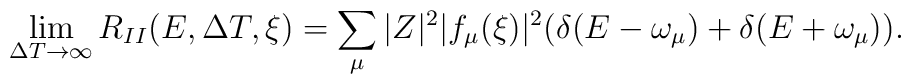
\lim_{\Delta T \rightarrow\infty}R_{II}(E,\Delta T,\xi) =\sum_{\mu}  |Z|^{2}|f_{\mu}(\xi)|^{2}(\delta(E-\omega_{\mu})+\delta(E+\omega_{\mu})) .